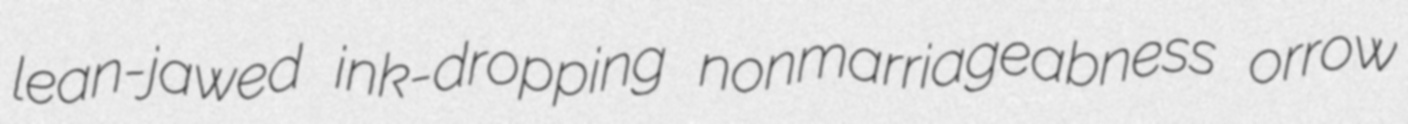
lean-jawed ink-dropping nonmarriageabness orrow